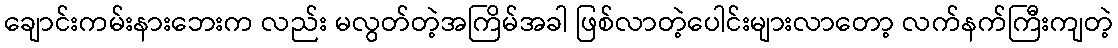
ချောင်းကမ်းနားဘေးက လည်း မလွတ်တဲ့အကြိမ်အခါ ဖြစ်လာတဲ့ပေါင်းများလာတော့ လက်နက်ကြီးကျတဲ့